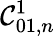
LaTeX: \mathcal{C}_{01,n}^{1}